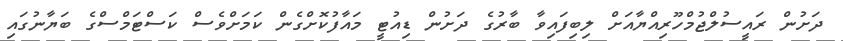
ދަށުން ރައީސުލްޖުމްހޫރިއްޔާއަށް ލިބިފައިވާ ބާރުގެ ދަށުން ޑިއުޓީ މައާފުކޮށްގެން ކަމަށްވެސް ކަސްޓަމްސްގެ ބަޔާނުގައި